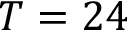
T = 2 4